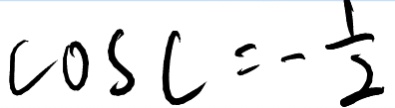
\cos C = - \frac { 1 } { 2 }